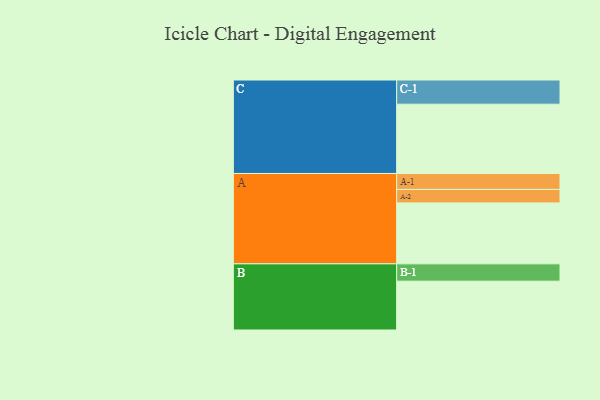
{"axis": {"x": "Segment", "y": "Value"}, "legend": ["", "A", "B", "C"], "data": [{"x": "A", "y": 428, "type": ""}, {"x": "B", "y": 343, "type": ""}, {"x": "C", "y": 487, "type": ""}, {"x": "A-1", "y": 112, "type": "A"}, {"x": "A-2", "y": 95, "type": "A"}, {"x": "B-1", "y": 122, "type": "B"}, {"x": "C-1", "y": 170, "type": "C"}]}